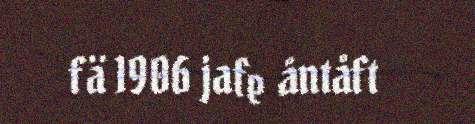
fä 1906 jafe åntåft